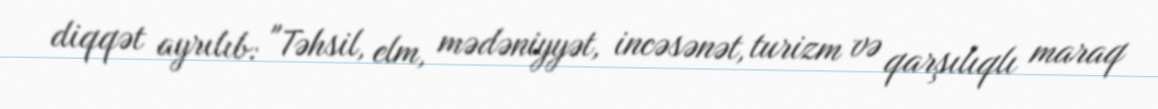
diqqət ayrılıb: "Təhsil, elm, mədəniyyət, incəsənət, turizm və qarşılıqlı maraq